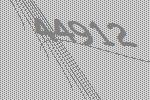
44912